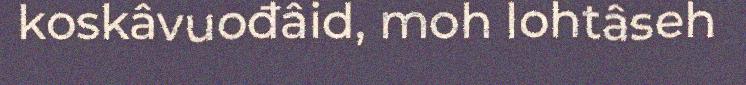
koskâvuođâid, moh lohtâseh